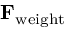
\mathbf { F } _ { \mathrm { w e i g h t } }